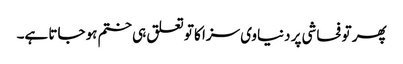
پھر تو فحاشی پر دنیاوی سزا کا تو تعلق ہی ختم ہو جاتا ہے۔